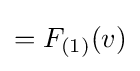
=F_{({\scriptstyle {\text{1}}})}(v)